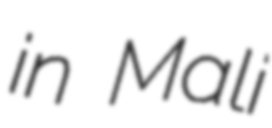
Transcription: in Mali